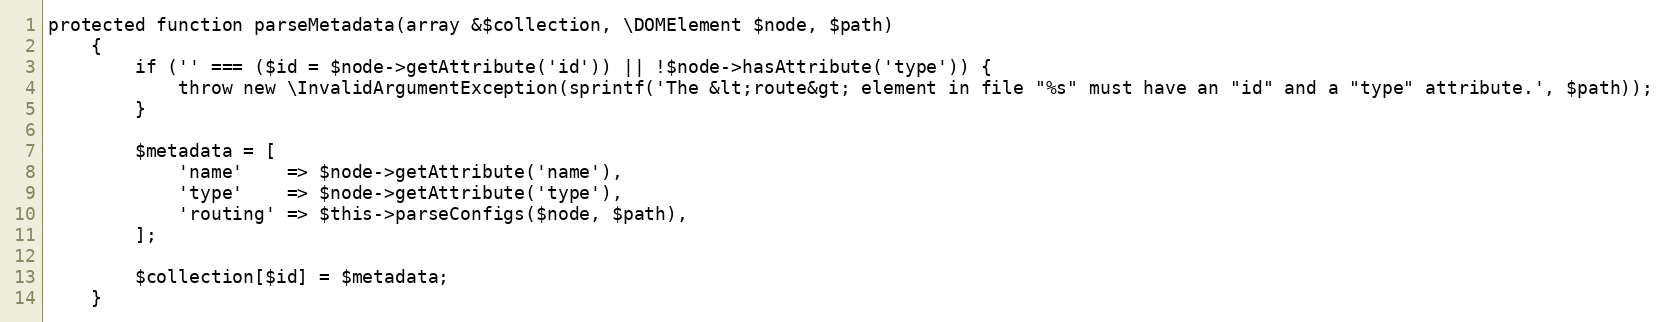
Language: PHP
protected function parseMetadata(array &$collection, \DOMElement $node, $path)
    {
        if ('' === ($id = $node->getAttribute('id')) || !$node->hasAttribute('type')) {
            throw new \InvalidArgumentException(sprintf('The &lt;route&gt; element in file "%s" must have an "id" and a "type" attribute.', $path));
        }

        $metadata = [
            'name'    => $node->getAttribute('name'),
            'type'    => $node->getAttribute('type'),
            'routing' => $this->parseConfigs($node, $path),
        ];

        $collection[$id] = $metadata;
    }